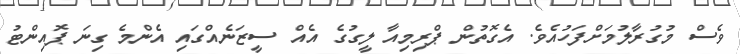
ވެސް މުގުރާލުމަށްފަހުއެވެ. އެގޮތުން ޕްރިމިއާ ލީގުގެ އެއް ސީޒަނެއްގައި އެންމެ ގިނަ ޕޮއިންޓު